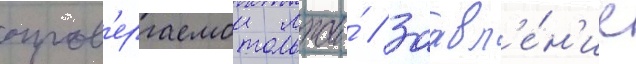
опров'ергаемои лжи́ // Заавл'е́н'ие